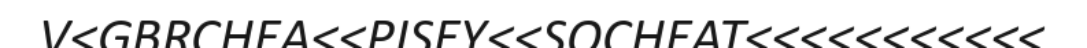
V<GBRCHEA<<PISEY<<SOCHEAT<<<<<<<<<<<